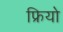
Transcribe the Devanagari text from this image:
फ्रियो